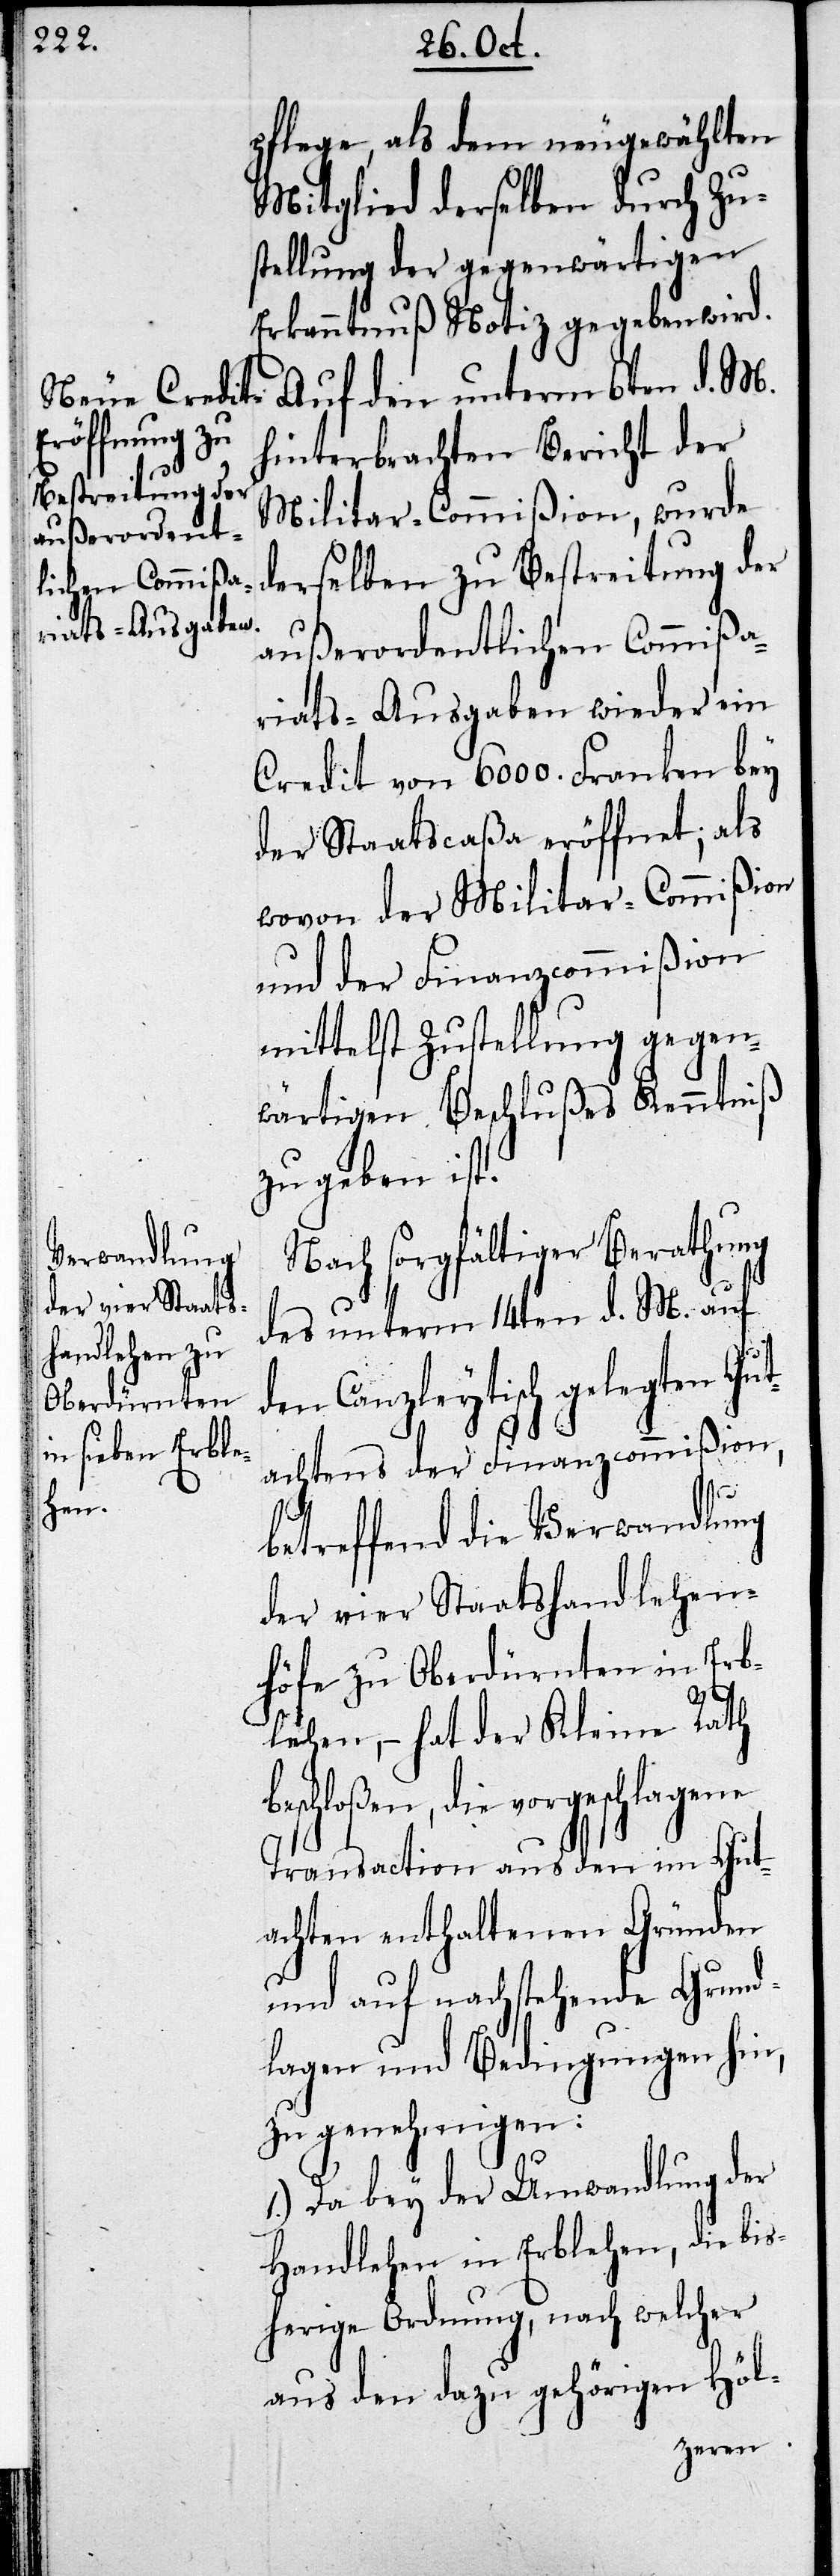
pflege, als dem neugewählten
Mitglied derselben durch Zu¬
stellung der gegenwärtigen
Erkanntnuß Notiz gegeben wird.
Auf den unterm 6ten d. M.
hinterbrachten Bericht der
Militar-Commißion, wurde
derselben zu Bestreitung der
außerordentlichen Commißa¬
riats-Ausgaben wieder ein
Credit von 6000. Franken bey
der Staatscaßa eröffnet, als
wovon der Militar-Commißion
und der Finanzcommißion
mittelst Zustellung gegen¬
wärtigen Beschlußes Kenntniß
zu geben ist.
Nach sorgfältiger Berathung
des unterm 14ten d. M. auf
den Canzleytisch gelegten Gut¬
achtens der Finanzcommißion,
betreffend die Verwandlung
der vier Staatshandlehen¬
höfe zu Oberdürnten in Erb¬
lehen, – hat der Kleine Rath
die vorgeschlagene
Transaction aus den im Gut¬
achten enthaltenen Gründen
und auf nachstehende Grund¬
lagen und Bedingungen hin,
zu genehmigen:
1.) Da bey der Umwandlung der
Handlehen in Erblehen, die bis¬
herige Ordnung, nach welcher
aus den dazu gehörigen Höl-